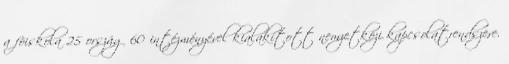
a fõiskola 25 ország 60 intézményével kialakított nemzetközi kapcsolatrendszere.